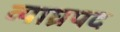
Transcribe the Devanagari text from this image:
व्याघ्रपद